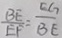
\frac { B E } { E F } = \frac { E G } { B E }